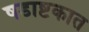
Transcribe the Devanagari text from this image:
षडाष्टकात